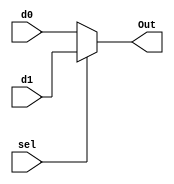
`timescale 1ns / 1ps
//////////////////////////////////////////////////////////////////////////////////
// Assignment: 05
// Engineeer: Parth Jindal, Pranav Rajput Group 024
// Module Name: MUX 
// Description: 2-1 Multiplexer
//////////////////////////////////////////////////////////////////////////////////
module MUX(
    output Out,
    input d0,
    input d1,
    input sel
    );
	assign Out = (sel) ? d1 : d0;
endmodule